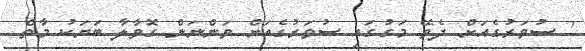
' ސުވަރުގެއަށް ދެވޭ މަގުގައި ސުވަރުގެއަށް ވަންނަން ގޮވާލާ ބަޔަކު މާތް